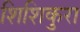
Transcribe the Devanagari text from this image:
शिशिकुरा